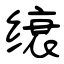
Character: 缞